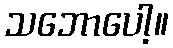
သဘောပေါ့။